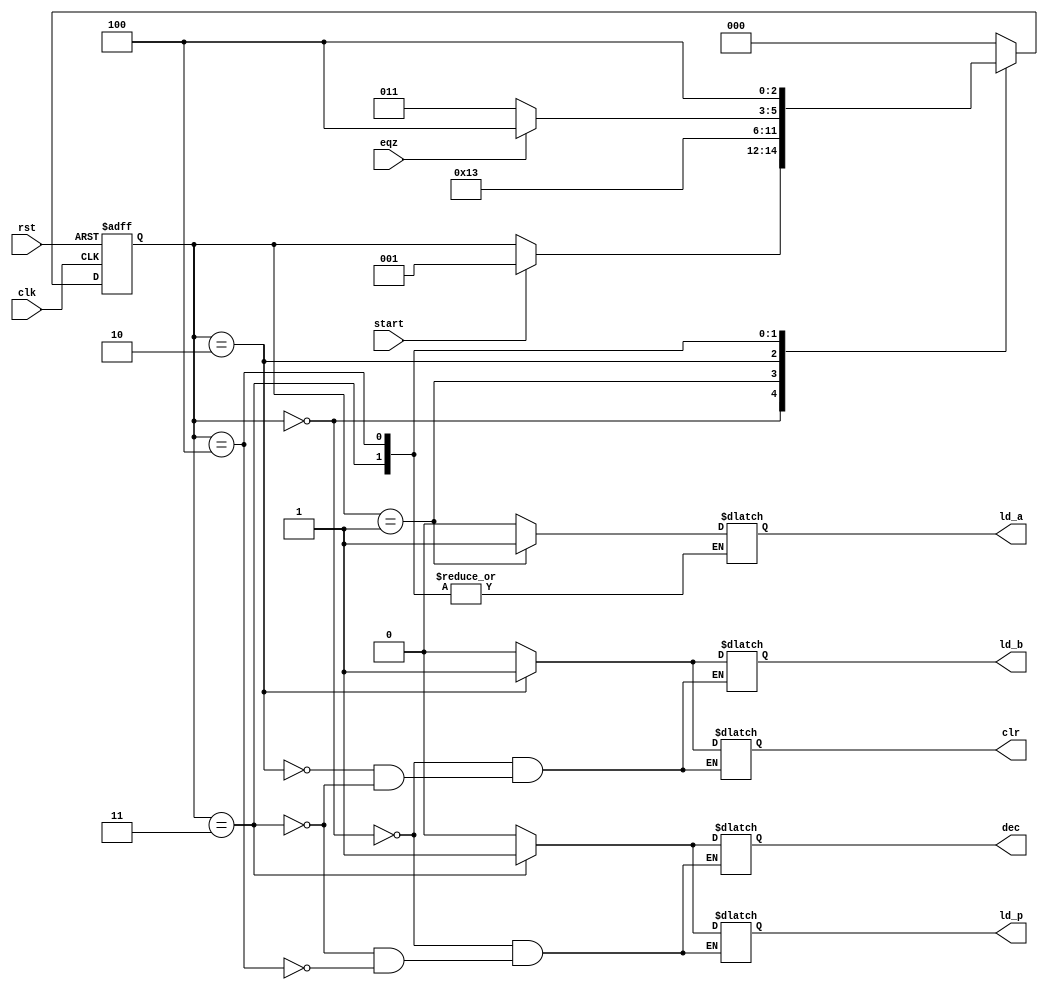
module controlfsm(
 
 input clk,
 input rst,
 input start,
 input eqz,
 output ld_a,
 output ld_p,
 output ld_b,
 output dec,
 output clr
);

reg[2:0] state;
reg ld_a_r;
reg ld_b_r;
reg clr_p_r;
reg ld_p_r;
reg dec_r;
parameter S0=3'b000;
parameter S1=3'b001;
parameter S2=3'b010;
parameter S3=3'b011;
parameter S4=3'b100;

always @(posedge clk or negedge rst) begin

if(!rst)
 state <= 3'b0;
else begin
case(state)

    S0: if(start)
           state<= S1;
    S1:   
        state <= S2;

    S2:  state <= S3;
    S3:   if(eqz)
           state <= S4;
           else 
           state <= S3;
    S4:   state <= S4;

    default: state <= S0;       

endcase
end

end

always@(state) begin

 case (state) 
     S0: begin
         ld_a_r = 1'b0;
         ld_b_r = 1'b0;
         ld_p_r = 1'b0;
         dec_r  = 1'b0;
         clr_p_r  = 1'b0;
     end 
     S1:  ld_a_r = 1'b1; 
    
     S2:  begin 
        
               ld_a_r = 1'b0;
                ld_b_r = 1'b1;
                clr_p_r = 1'b1;
     end
     S3: begin
              ld_p_r = 1'b1;
              clr_p_r = 1'b0;
              ld_b_r  = 1'b0;
              dec_r    = 1'b1;
     end
       S4: begin 
       ld_p_r = 1'b0;
       dec_r  = 1'b0;
       end       
     
  default : ld_a_r = 1'b0;
 endcase



end

assign ld_a = ld_a_r;
assign ld_b = ld_b_r;
assign ld_p = ld_p_r;
assign clr  = clr_p_r;
assign dec  = dec_r;

// assign dec signal in fsm



endmodule